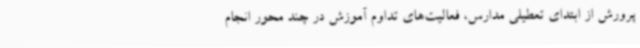
پرورش از ابتدای تعطیلی مدارس، فعالیت‌های تداوم آموزش در چند محور انجام